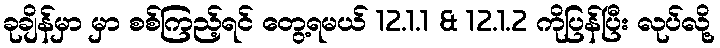
ခုချိန်မှာ မှာ စစ်ကြည့်ရင် တွေ့ရမယ် 12.1.1 & 12.1.2 ကိုပြန်ပြီး လုပ်လို့